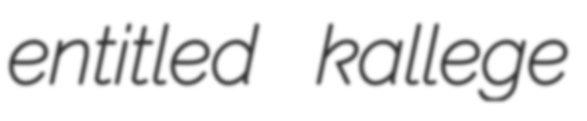
entitled kallege